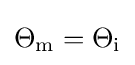
\Theta _{\mathrm {m} }=\Theta _{\mathrm {i} }